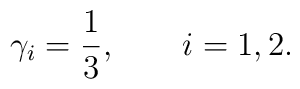
\gamma_i=\frac{1}{3}, \qquad i=1,2.